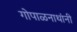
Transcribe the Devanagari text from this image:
गोपाळनाथांनी